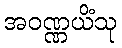
အဝဏ္ဏယိံသု